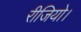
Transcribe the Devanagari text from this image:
रीजियो।